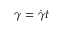
\gamma = \dot { \gamma } t